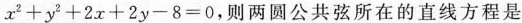
$$x^{2}+y^{2}+2x+2y-8=0$$，则两圆公共弦所在的直线方程是